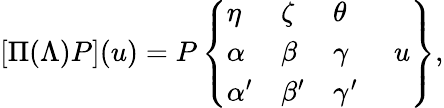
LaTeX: [\Pi(\Lambda)P](u)=P\left\{ {\begin{array}{llll}{\eta}&{\zeta}&{\theta}&{}\\ {\alpha}&{\beta}&{\gamma}&{\; u}\\ {\alpha^{\prime}}&{\beta^{\prime}}&{\gamma^{\prime}}&{}\end{array}}\right\} ,